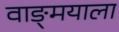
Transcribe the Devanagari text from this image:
वाङ्‌मयाला